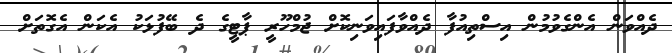
ދެއްވަން އެންގެވުމުން އިސްތިއުފާ ދެއްވާފައިވަނިކޮށް ޖުމްހޫރީ ޕާޓީގެ ދެ ބޭފުޅަކު އެކަން އެގޮތަށް